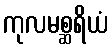
ကုလမစ္ဆရိယံ